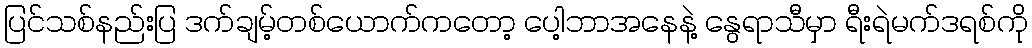
ပြင်သစ်နည်းပြ ဒက်ချမ့်တစ်ယောက်ကတော့ ပေါ့ဘာအနေနဲ့ နွေရာသီမှာ ရီးရဲမက်ဒရစ်ကို